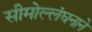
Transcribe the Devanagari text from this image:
सीमोल्लंघनाने